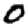
Digit: 0